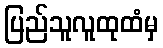
ပြည်သူလူထုထံမှ